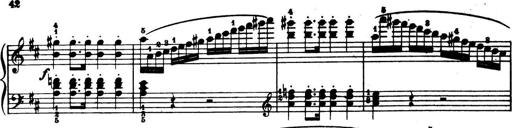
Title: 32 Sonatinas and Rondos for the Piano
Composer: Richard Kleinmichel